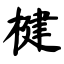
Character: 楗